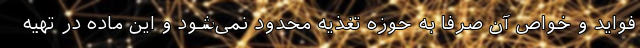
فواید و خواص آن صرفا به حوزه تغذیه محدود نمی‌شود و این ماده در تهیه